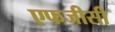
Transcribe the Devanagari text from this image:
एफजीसी